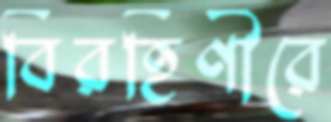
বিরহিণীরে